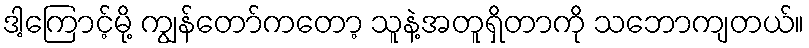
ဒါ့ကြောင့်မို့ ကျွန်တော်ကတော့ သူနဲ့အတူရှိတာကို သဘောကျတယ်။